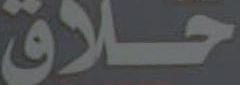
حلاق